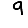
Digit: 9